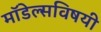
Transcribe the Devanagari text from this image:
मॉडेल्सविषयी